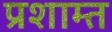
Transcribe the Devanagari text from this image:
प्रशाम्त